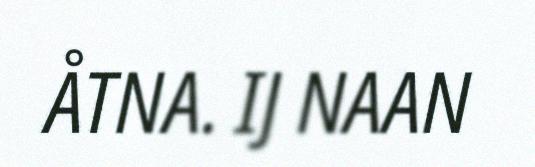
ÅTNA. IJ NAAN